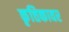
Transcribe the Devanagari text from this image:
कृत्तिकावर